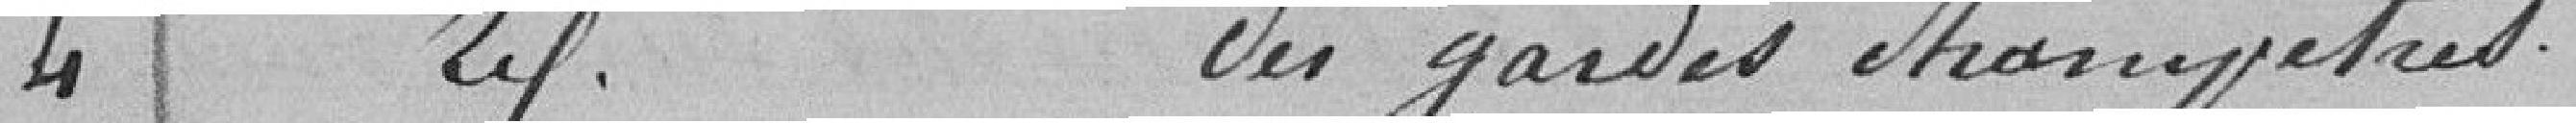
4 Traitement des gardes champêtres.